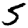
Digit: 5